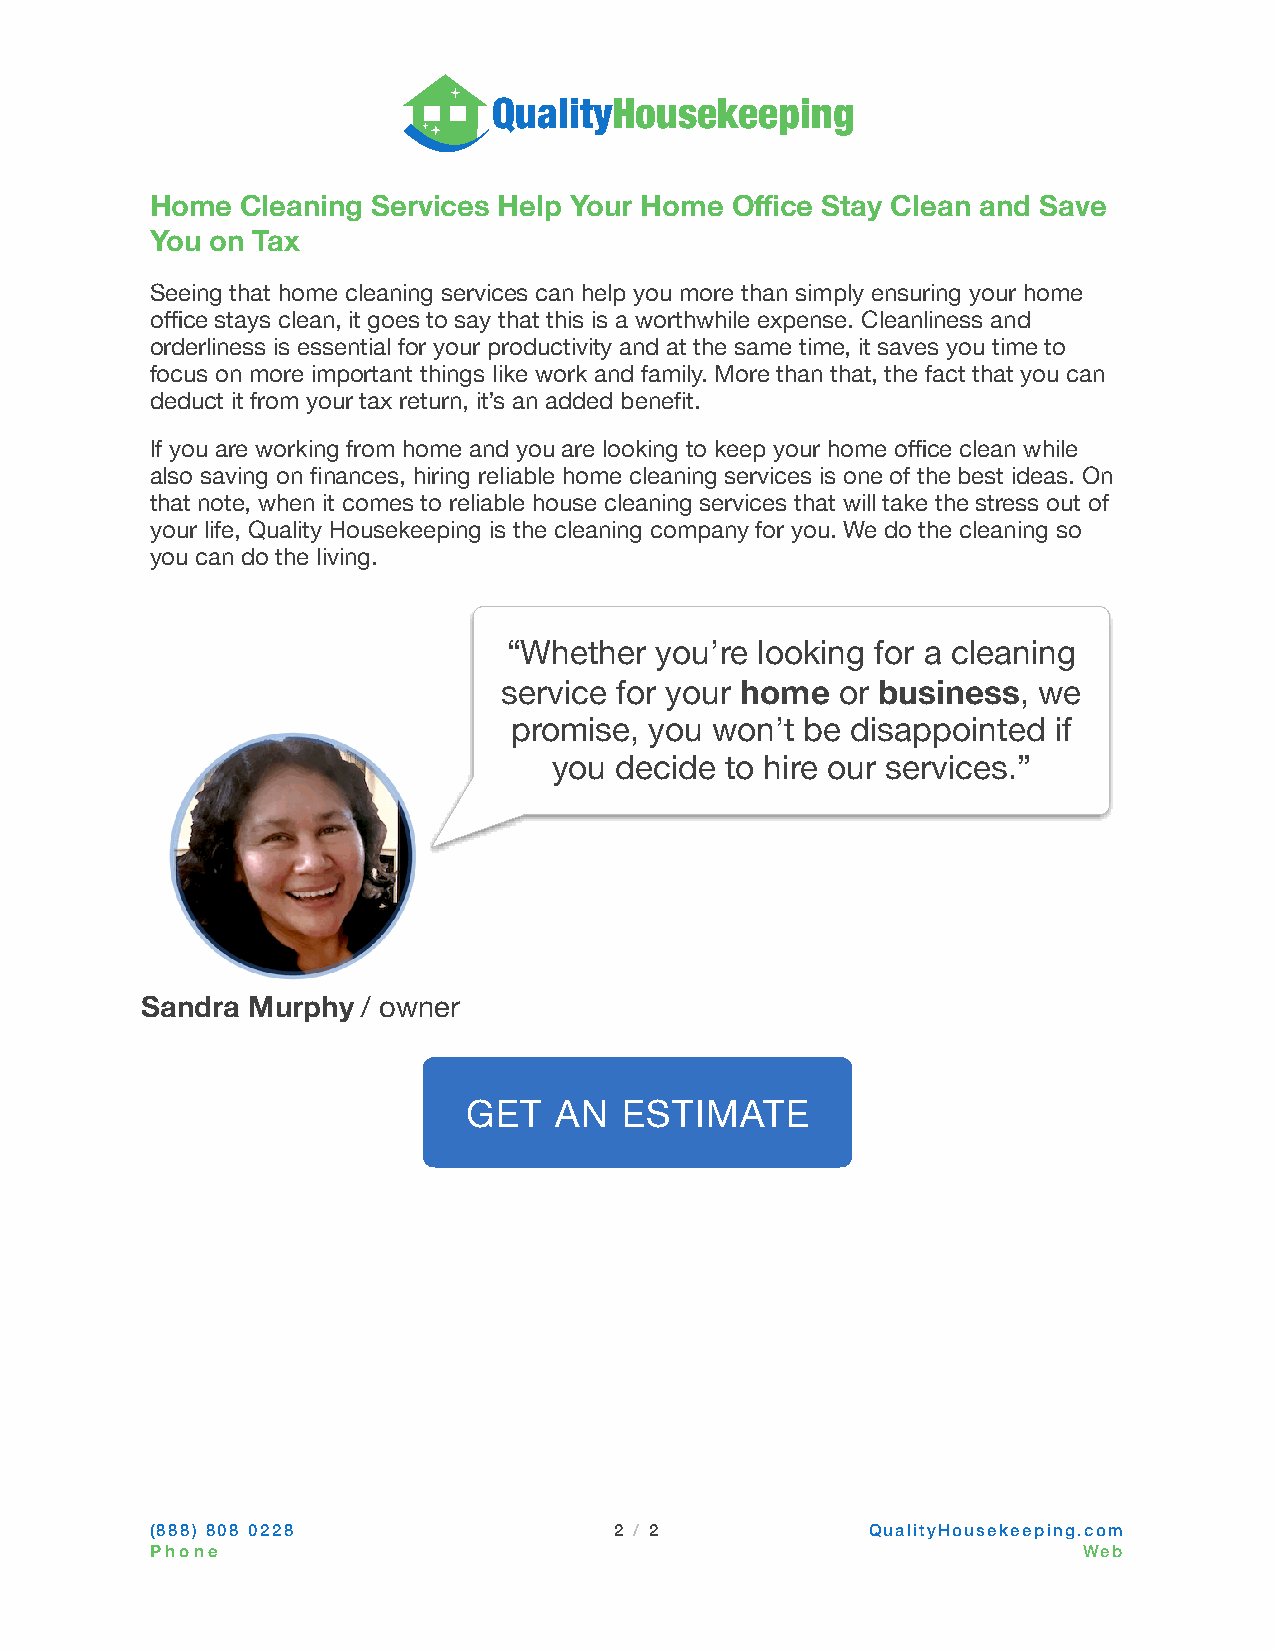
■ ■  QualityHousekeeping
 Home  Cleaning Services Help Your Home Office Stay Clean and Save
 You on Tax
 Seeing that home cleaning services can help you more than simply ensuring your home
 office stays clean, it goes to say that this is a worthwhile expense. Cleanliness and
 orderliness is essential for your productivity and at the same time, it saves you time to
 focus on more important things like work and family. More than that, the fact that you can
 deduct it from your tax return, it’s an added benefit.
 If you are working from home and you are looking to keep your home office clean while
 also saving on finances, hiring reliable home cleaning services is one of the best ideas. On
 that note, when it comes to reliable house cleaning services that will take the stress out of
 your life, Quality Housekeeping is the cleaning company for you. We do the cleaning so
 you can do the living.
 “Whether you’re looking for a cleaning
 service for your home  or business, we
 promise, you won’t be disappointed  if
 you decide to hire our services.”
 Sandra Murphy  / owner
 GGEETT AANN EESSTTIIMMAATTEE
 (888) 808 0228                 2 / 2            QualityHousekeeping.com
 Phone                                                         Web